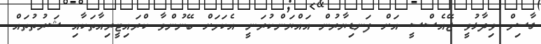
ގާސިމް ވިދާޅުވީ ޖޭއެސްސީ އަށް ފަނޑިޔާރުން އައްޔަންކުރަނީ އެކަމަށް ބޭނުންވާ ކްރައިޓީރިއާތަކާއި ޝަރުތުތައް